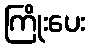
ကြိုးပေး